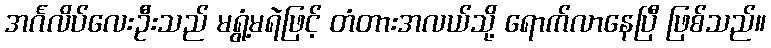
အင်္ဂလိပ်လေးဦးသည် မရွံ့မရဲဖြင့် တံတားအလယ်သို့ ရောက်လာနေပြီ ဖြစ်သည်။